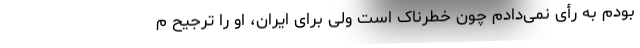
بودم به رأی نمی‌دادم چون خطرناک است ولی برای ایران، او را ترجیح م